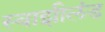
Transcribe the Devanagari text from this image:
स्वाझीलंड